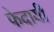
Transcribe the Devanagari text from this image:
फेदायीं